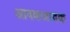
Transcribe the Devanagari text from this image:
आवकजावक